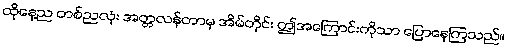
ထိုနေ့ည တစ်ညလုံး အတ္တလန်တာမှ အိမ်တိုင်း ဤအကြောင်းကိုသာ ပြောနေကြသည်။